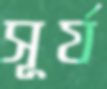
সূর্য